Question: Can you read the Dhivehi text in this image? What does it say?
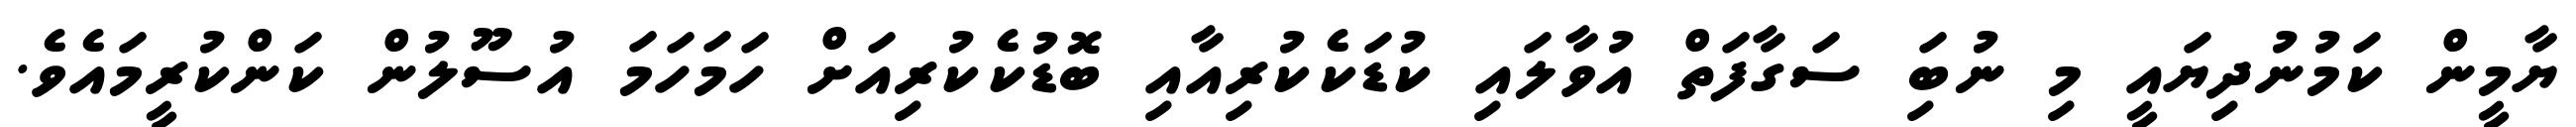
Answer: ޔާމީން ކަމުނުދިޔައީ މި ނުބަި ސަގާފަތް އުވާލައި ކުޑަކެކުރިއާއި ބޮޑުކެކުރިއަށް ހަމަހަމަ އުސޫލުން ކަންކުރީމައެވެ.